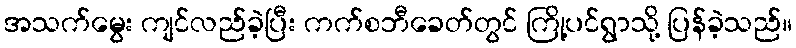
အသက်မွေး ကျင်လည်ခဲ့ပြီး ကက်စဘီခေတ်တွင် ကြို့ပင်ရွာသို့ ပြန်ခဲ့သည်။